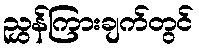
ညွှန်ကြားချက်တွင်